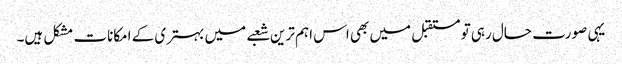
یہی صورت حال رہی تو مستقبل میں بھی اس اہم ترین شعبے میں بہتری کے امکانات مشکل ہیں۔